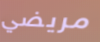
مريضي